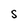
Character: S